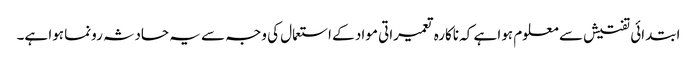
ابتدائی تفتیش سے معلوم ہوا ہے کہ ناکارہ تعمیراتی مواد کے استعمال کی وجہ سے یہ حادثہ رونما ہوا ہے۔